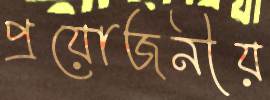
প্রয়োজনীয়